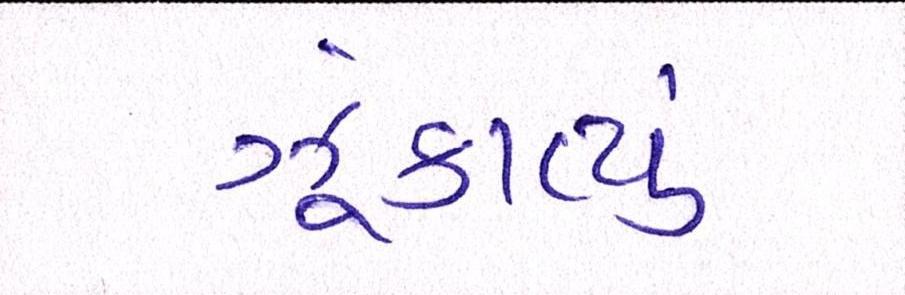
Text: ઝૂંકાવ્યું